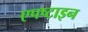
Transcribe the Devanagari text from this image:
एपष्टाइन